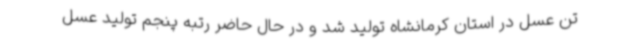
تن عسل در استان کرمانشاه تولید شد و در حال حاضر رتبه پنجم تولید عسل